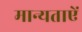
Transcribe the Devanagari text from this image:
मान्यताऐं